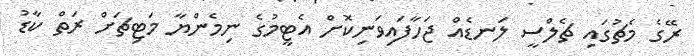
ރޭގެ މެޗުގައި ޗެލްސީ ލަނޑެއް ޖަހާފައިވަނިކޮށް އެޓީމުގެ ނިމެންޔާ މަޓިޗަށް ރަތް ކާޑު